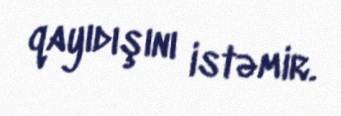
qayıdışını istəmir.